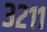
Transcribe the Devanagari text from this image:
३२११